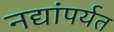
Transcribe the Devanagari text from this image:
नद्यांपर्यत